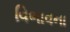
વિભાવના